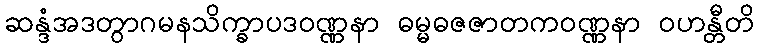
ဆန္ဒံအဒတွာဂမနသိက္ခာပဒဝဏ္ဏနာ ဓမ္မဓဇဇာတကဝဏ္ဏနာ ဝဟန္တီတိ